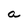
Character: a